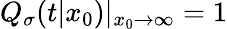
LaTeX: Q_{\sigma}(t|x_{0})|_{x_{0}\to\infty}=1